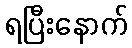
ရပြီးနောက်